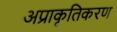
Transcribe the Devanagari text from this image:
अप्राकृतिकरण